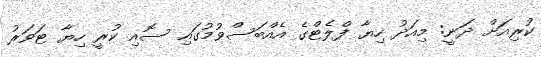
ކުރިއަށް ދަނީ: މިއަދު ހިޔާ ފްލެޓްގެ އެއްބަސްވުމުގައި ސޮއި ކުރީ ހިޔާ ޓަވަރު